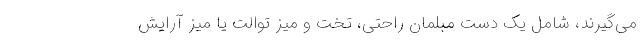
می‌گیرند، شامل یک دست مبلمان راحتی، تخت و میز توالت یا میز آرایش